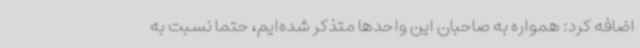
اضافه کرد: همواره به صاحبان این واحدها متذکر شده‌ایم، حتما نسبت به